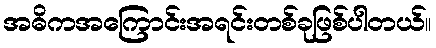
အဓိကအကြောင်းအရင်းတစ်ခုဖြစ်ပါတယ်။